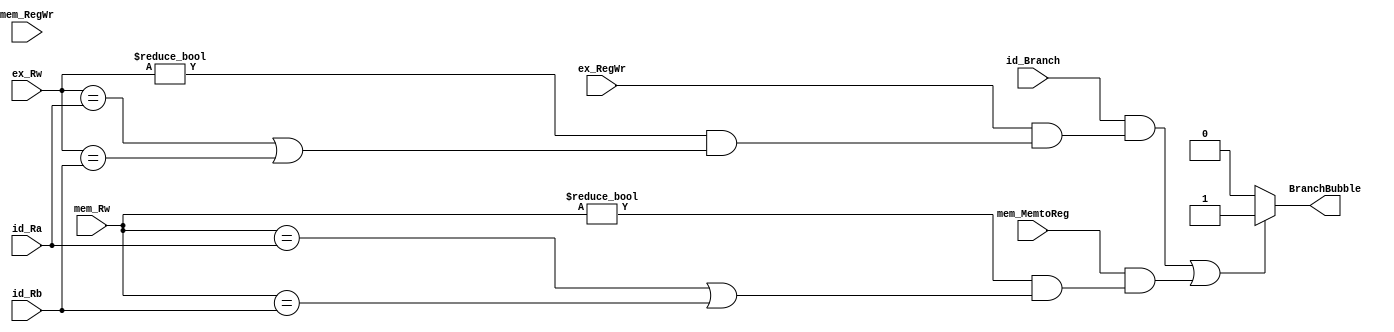
module BranchBubbleUnit(id_Ra, id_Rb, ex_RegWr, ex_Rw, mem_RegWr, 
                        mem_MemtoReg, mem_Rw, BranchBubble, id_Branch);
	input [4:0] id_Ra;
	input [4:0] id_Rb;
	input       ex_RegWr;
	input [4:0] ex_Rw;
	input       mem_RegWr;
	input       mem_MemtoReg;
	input [4:0] mem_Rw;
	input 		id_Branch;
	output reg  BranchBubble;

	initial begin
		BranchBubble = 0;
	end
	always @(*) begin
		if (id_Branch==1 && ((ex_RegWr==1) && (ex_Rw != 0 && (ex_Rw == id_Ra || ex_Rw == id_Rb))) || //
		     ((mem_MemtoReg==1) && (mem_Rw!=0 && (mem_Rw == id_Ra || mem_Rw == id_Rb)))) begin //lw
		  	 BranchBubble <= 1;
		end else begin
		 	 BranchBubble <= 0; 	
		end 
	end
endmodule